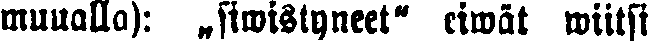
muualla): „siwistyneet" eiwät wiitsi